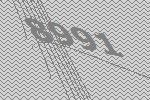
8991